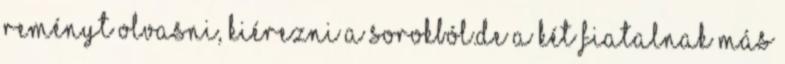
reményt olvasni, kiérezni a sorokból.de a két fiatalnak más